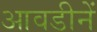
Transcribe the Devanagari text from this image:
आवडीनें